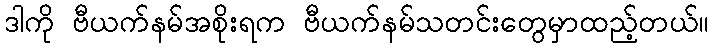
ဒါကို ဗီယက်နမ်အစိုးရက ဗီယက်နမ်သတင်းတွေမှာထည့်တယ်။